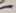
Text: -